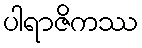
ပါရာဇိကဿ